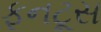
ફનટૂસ